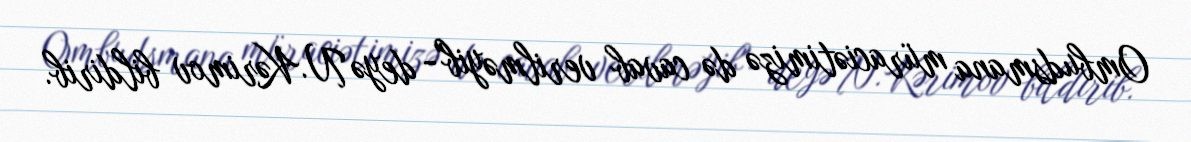
Ombudsmana müraciətimizə də cavab verilməyib"- deyə N.Kərimov bildirib.